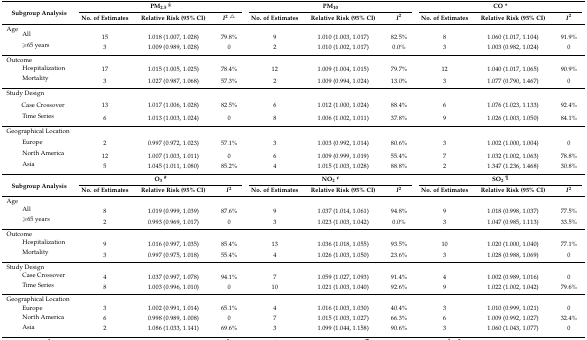
<table><thead><tr><td rowspan="2"><b>Subgroup Analysis</b></td><td colspan="3"><b>PM<sub>2.5</sub><sup>§</sup></b></td><td colspan="3"><b>PM<sub>10</sub></b></td><td colspan="3"><b>CO *</b></td></tr><tr><td><b>No. of Estimates</b></td><td><b>Relative Risk (95% CI)</b></td><td><b><i>I</i><sup>2</sup><sup>△</sup></b></td><td><b>No. of Estimates</b></td><td><b>Relative Risk (95% CI)</b></td><td><b><i>I</i><sup>2</sup></b></td><td><b>No. of Estimates</b></td><td><b>Relative Risk (95% CI)</b></td><td><b><i>I</i><sup>2</sup></b></td></tr></thead><tbody><tr><td colspan="10">Age</td></tr><tr><td>All</td><td>15</td><td>1.018 (1.007, 1.028)</td><td>79.8%</td><td>9</td><td>1.010 (1.003, 1.017)</td><td>82.5%</td><td>8</td><td>1.060 (1.017, 1.104)</td><td>91.9%</td></tr><tr><td>≥65 years</td><td>3</td><td>1.009 (0.989, 1.028)</td><td>0</td><td>2</td><td>1.010 (1.002, 1.017)</td><td>0.0%</td><td>3</td><td>1.003 (0.982, 1.024)</td><td>0</td></tr><tr><td colspan="10">Outcome</td></tr><tr><td>Hospitalization</td><td>17</td><td>1.015 (1.005, 1.025)</td><td>78.4%</td><td>12</td><td>1.009 (1.004, 1.015)</td><td>79.7%</td><td>12</td><td>1.040 (1.017, 1.065)</td><td>90.9%</td></tr><tr><td>Mortality</td><td>3</td><td>1.027 (0.987, 1.068)</td><td>57.3%</td><td>2</td><td>1.009 (0.994, 1.024)</td><td>13.0%</td><td>3</td><td>1.077 (0.790, 1.467)</td><td>0</td></tr><tr><td>Study Design</td><td></td><td></td><td></td><td></td><td></td><td></td><td></td><td></td><td></td></tr><tr><td>Case Crossover</td><td>13</td><td>1.017 (1.006, 1.028)</td><td>82.5%</td><td>6</td><td>1.012 (1.000, 1.024)</td><td>88.4%</td><td>6</td><td>1.076 (1.023, 1.133)</td><td>92.4%</td></tr><tr><td>Time Series</td><td>6</td><td>1.013 (1.003, 1.024)</td><td>0</td><td>8</td><td>1.006 (1.002, 1.011)</td><td>37.8%</td><td>9</td><td>1.026 (1.003, 1.050)</td><td>84.1%</td></tr><tr><td colspan="10">Geographical Location</td></tr><tr><td>Europe</td><td>2</td><td>0.997 (0.972, 1.023)</td><td>57.1%</td><td>3</td><td>1.003 (0.992, 1.014)</td><td>80.6%</td><td>3</td><td>1.002 (1.000, 1.004)</td><td>0</td></tr><tr><td>North America</td><td>12</td><td>1.007 (1.003, 1.011)</td><td>0</td><td>6</td><td>1.009 (0.999, 1.019)</td><td>55.4%</td><td>7</td><td>1.032 (1.002, 1.063)</td><td>78.8%</td></tr><tr><td>Asia</td><td>5</td><td>1.045 (1.011, 1.080)</td><td>85.2%</td><td>4</td><td>1.015 (1.003, 1.028)</td><td>88.8%</td><td>2</td><td>1.347 (1.236, 1.468)</td><td>30.8%</td></tr><tr><td rowspan="2"><b>Subgroup Analysis</b></td><td colspan="3"><b>O<sub>3</sub><sup>#</sup></b></td><td colspan="3"><b>NO<sub>2</sub><sup>¢</sup></b></td><td colspan="3"><b>SO<sub>2</sub><sup>¶</sup></b></td></tr><tr><td><b>No. of Estimates</b></td><td><b>Relative Risk (95% CI)</b></td><td><b><i>I</i><sup>2</sup></b></td><td><b>No. of Estimates</b></td><td><b>Relative Risk (95% CI)</b></td><td><b><i>I</i><sup>2</sup></b></td><td><b>No. of Estimates</b></td><td><b>Relative Risk (95% CI)</b></td><td><b><i>I</i><sup>2</sup></b></td></tr><tr><td colspan="10">Age</td></tr><tr><td>All</td><td>8</td><td>1.019 (0.999, 1.039)</td><td>87.6%</td><td>9</td><td>1.037 (1.014, 1.061)</td><td>94.8%</td><td>9</td><td>1.018 (0.998, 1.037)</td><td>77.5%</td></tr><tr><td>≥65 years</td><td>2</td><td>0.993 (0.969, 1.017)</td><td>0</td><td>3</td><td>1.023 (1.003, 1.042)</td><td>0.0%</td><td>3</td><td>1.047 (0.985, 1.113)</td><td>33.5%</td></tr><tr><td colspan="10">Outcome</td></tr><tr><td>Hospitalization</td><td>9</td><td>1.016 (0.997, 1.035)</td><td>85.4%</td><td>13</td><td>1.036 (1.018, 1.055)</td><td>93.5%</td><td>10</td><td>1.020 (1.000, 1.040)</td><td>77.1%</td></tr><tr><td>Mortality</td><td>3</td><td>0.997 (0.975, 1.018)</td><td>55.4%</td><td>4</td><td>1.026 (1.003, 1.050)</td><td>23.6%</td><td>3</td><td>1.028 (0.988, 1.069)</td><td>0</td></tr><tr><td>Study Design</td><td></td><td></td><td></td><td></td><td></td><td></td><td></td><td></td><td></td></tr><tr><td>Case Crossover</td><td>4</td><td>1.037 (0.997, 1.078)</td><td>94.1%</td><td>7</td><td>1.059 (1.027, 1.093)</td><td>91.4%</td><td>4</td><td>1.002 (0.989, 1.016)</td><td>0</td></tr><tr><td>Time Series</td><td>8</td><td>1.003 (0.996, 1.010)</td><td>0</td><td>10</td><td>1.021 (1.003, 1.040)</td><td>92.6%</td><td>9</td><td>1.022 (1.002, 1.042)</td><td>79.6%</td></tr><tr><td colspan="10">Geographical Location</td></tr><tr><td>Europe</td><td>3</td><td>1.002 (0.991, 1.014)</td><td>65.1%</td><td>4</td><td>1.016 (1.003, 1.030)</td><td>40.4%</td><td>3</td><td>1.010 (0.999, 1.021)</td><td>0</td></tr><tr><td>North America</td><td>6</td><td>0.998 (0.989, 1.008)</td><td>0</td><td>7</td><td>1.015 (1.003, 1.027)</td><td>66.3%</td><td>6</td><td>1.009 (0.992, 1.027)</td><td>32.4%</td></tr><tr><td>Asia</td><td>2</td><td>1.086 (1.033, 1.141)</td><td>69.6%</td><td>3</td><td>1.099 (1.044, 1.158)</td><td>90.6%</td><td>3</td><td>1.060 (1.043, 1.077)</td><td>0</td></tr></tbody></table>